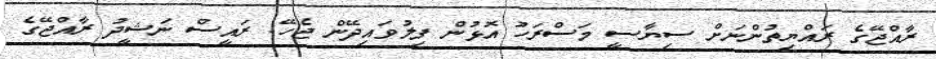
ރާއްޖޭގެ ރައްޔިތުންނަށް ސިޔާސީ މަސްރަހު އޮޅުން ފިލުވައިދޭން ޖެހޭ: ރައީސް ނަޝީދު ރާއްޖޭގެ